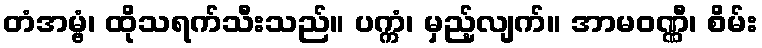
တံအမ္ဗံ၊ ထိုသရက်သီးသည်။ ပက္ကံ၊ မှည့်လျက်။ အာမဝဏ္ဏီ၊ စိမ်း